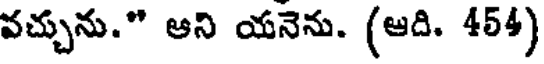
వచ్చును." ఆని యనెను. (ఆది. 454)